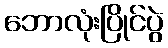
ဘောလုံးပြိုင်ပွဲ